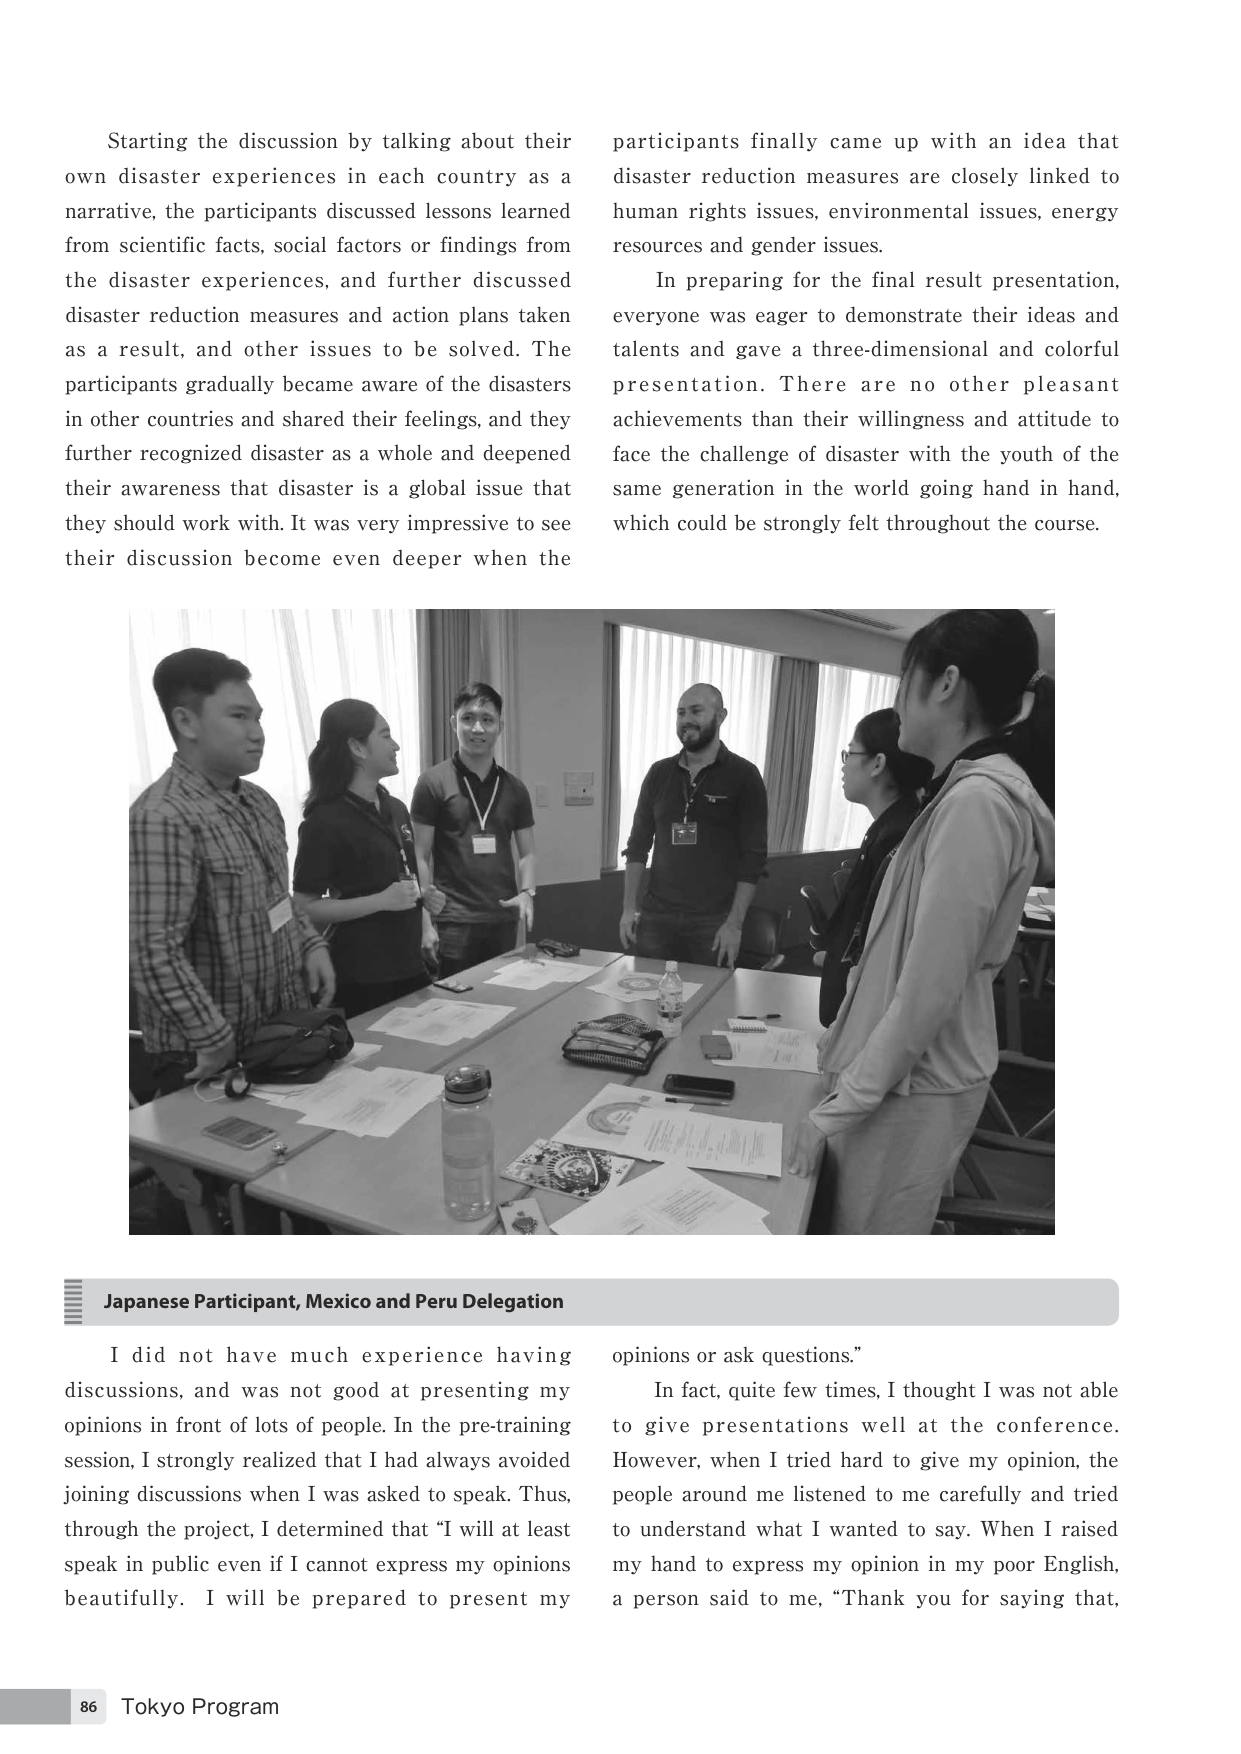
Starting the discussion by talking about their own disaster experiences in each country as a narrative, the participants discussed lessons learned from scientific facts, social factors or findings from the disaster experiences, and further discussed disaster reduction measures and action plans taken as a result, and other issues to be solved. The participants gradually became aware of the disasters in other countries and shared their feelings, and they further recognized disaster as a whole and deepened their awareness that disaster is a global issue that they should work with. It was very impressive to see their discussion become even deeper when the participants finally came up with an idea that disaster reduction measures are closely linked to human rights issues, environmental issues, energy resources and gender issues.

In preparing for the final result presentation, everyone was eager to demonstrate their ideas and talents and gave a three-dimensional and colorful presentation. There are no other pleasant achievements than their willingness and attitude to face the challenge of disaster with the youth of the same generation in the world going hand in hand, which could be strongly felt throughout the course.

Japanese Participant, Mexico and Peru Delegation

I did not have much experience having discussions, and was not good at presenting my opinions in front of lots of people. In the pre-training session, I strongly realized that I had always avoided joining discussions when I was asked to speak. Thus, through the project, I determined that “I will at least speak in public even if I cannot express my opinions beautifully. I will be prepared to present my opinions or ask questions.”

In fact, quite few times, I thought I was not able to give presentations well at the conference. However, when I tried hard to give my opinion, the people around me listened to me carefully and tried to understand what I wanted to say. When I raised my hand to express my opinion in my poor English, a person said to me, “Thank you for saying that,

86 Tokyo Program